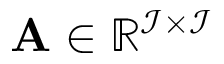
\mathbf { A } \in \mathbb { R } ^ { \mathcal { I } \times \mathcal { I } }